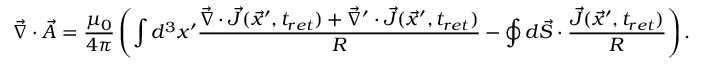
\vec { \nabla } \cdot \vec { A } = \frac { \mu _ { 0 } } { 4 \pi } \left( \int d ^ { 3 } x ^ { \prime } \frac { \vec { \nabla } \cdot \vec { J } ( \vec { x } ^ { \prime } , t _ { r e t } ) + \vec { \nabla } ^ { \prime } \cdot \vec { J } ( \vec { x } ^ { \prime } , t _ { r e t } ) } { R } - \oint d \vec { S } \cdot \frac { \vec { J } ( \vec { x } ^ { \prime } , t _ { r e t } ) } { R } \right) .